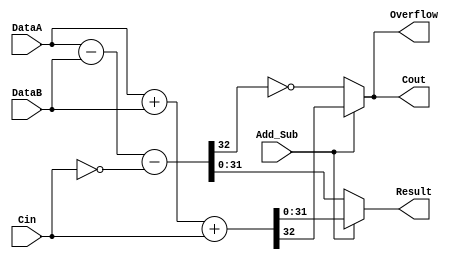
`timescale 1ns / 1ps

module pmi_addsub #(
	parameter pmi_data_width    = 32,
	parameter pmi_result_width  = 32,
	parameter pmi_sign   = "off", // unused
	parameter pmi_family = 0,
	parameter module_type= "pmi_addsub"
	)(
	input wire [pmi_data_width - 1 : 0] DataA,
	input wire [pmi_data_width - 1 : 0] DataB,
	input wire Cin,
	input wire Add_Sub,
	output wire [pmi_result_width - 1 : 0]Result,
	output wire Cout,
	output wire Overflow
);

wire [pmi_data_width : 0] tmp_addResult = DataA + DataB + Cin;
wire [pmi_data_width : 0] tmp_subResult = DataA - DataB - !Cin;   

assign Result = (Add_Sub == 1) ? tmp_addResult[pmi_result_width - 1 : 0] : tmp_subResult[pmi_result_width - 1 : 0];
assign Cout = (Add_Sub == 1) ? tmp_addResult[pmi_data_width] : !tmp_subResult[pmi_data_width];
assign Overflow = Cout;

endmodule